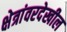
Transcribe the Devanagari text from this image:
क्षेत्रांवरदेखील